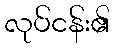
လုပ်ငန်း၏